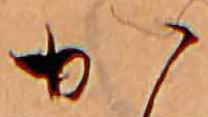
か